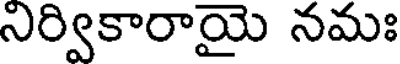
నిర్వికారాయై నమః